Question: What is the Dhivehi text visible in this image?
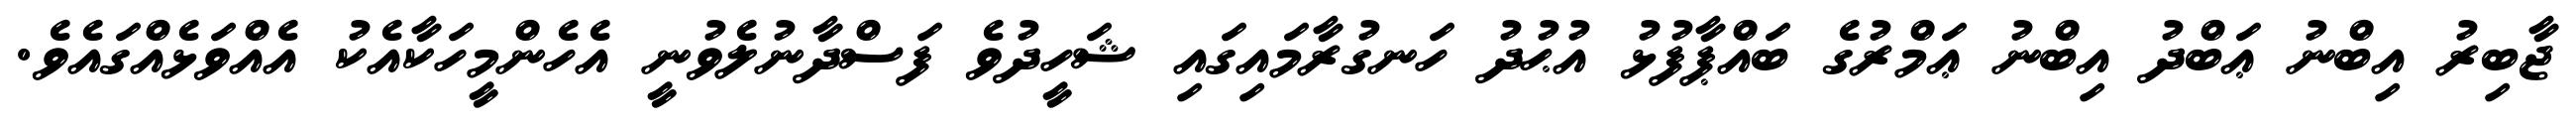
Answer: ޖާބިރު އިބްނު ޢަބްދު އިބްނު ޢަމްރުގެ ބައްޕާފުޅު އުޙުދު ހަނގުރާމައިގައި ޝަހީދުވެ ފަސްދާނުލެވުނީ އެހެންމީހަކާއެކު އެއްވަޅެއްގައެވެ.